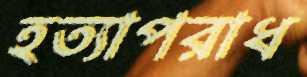
হত্যাপরাধ